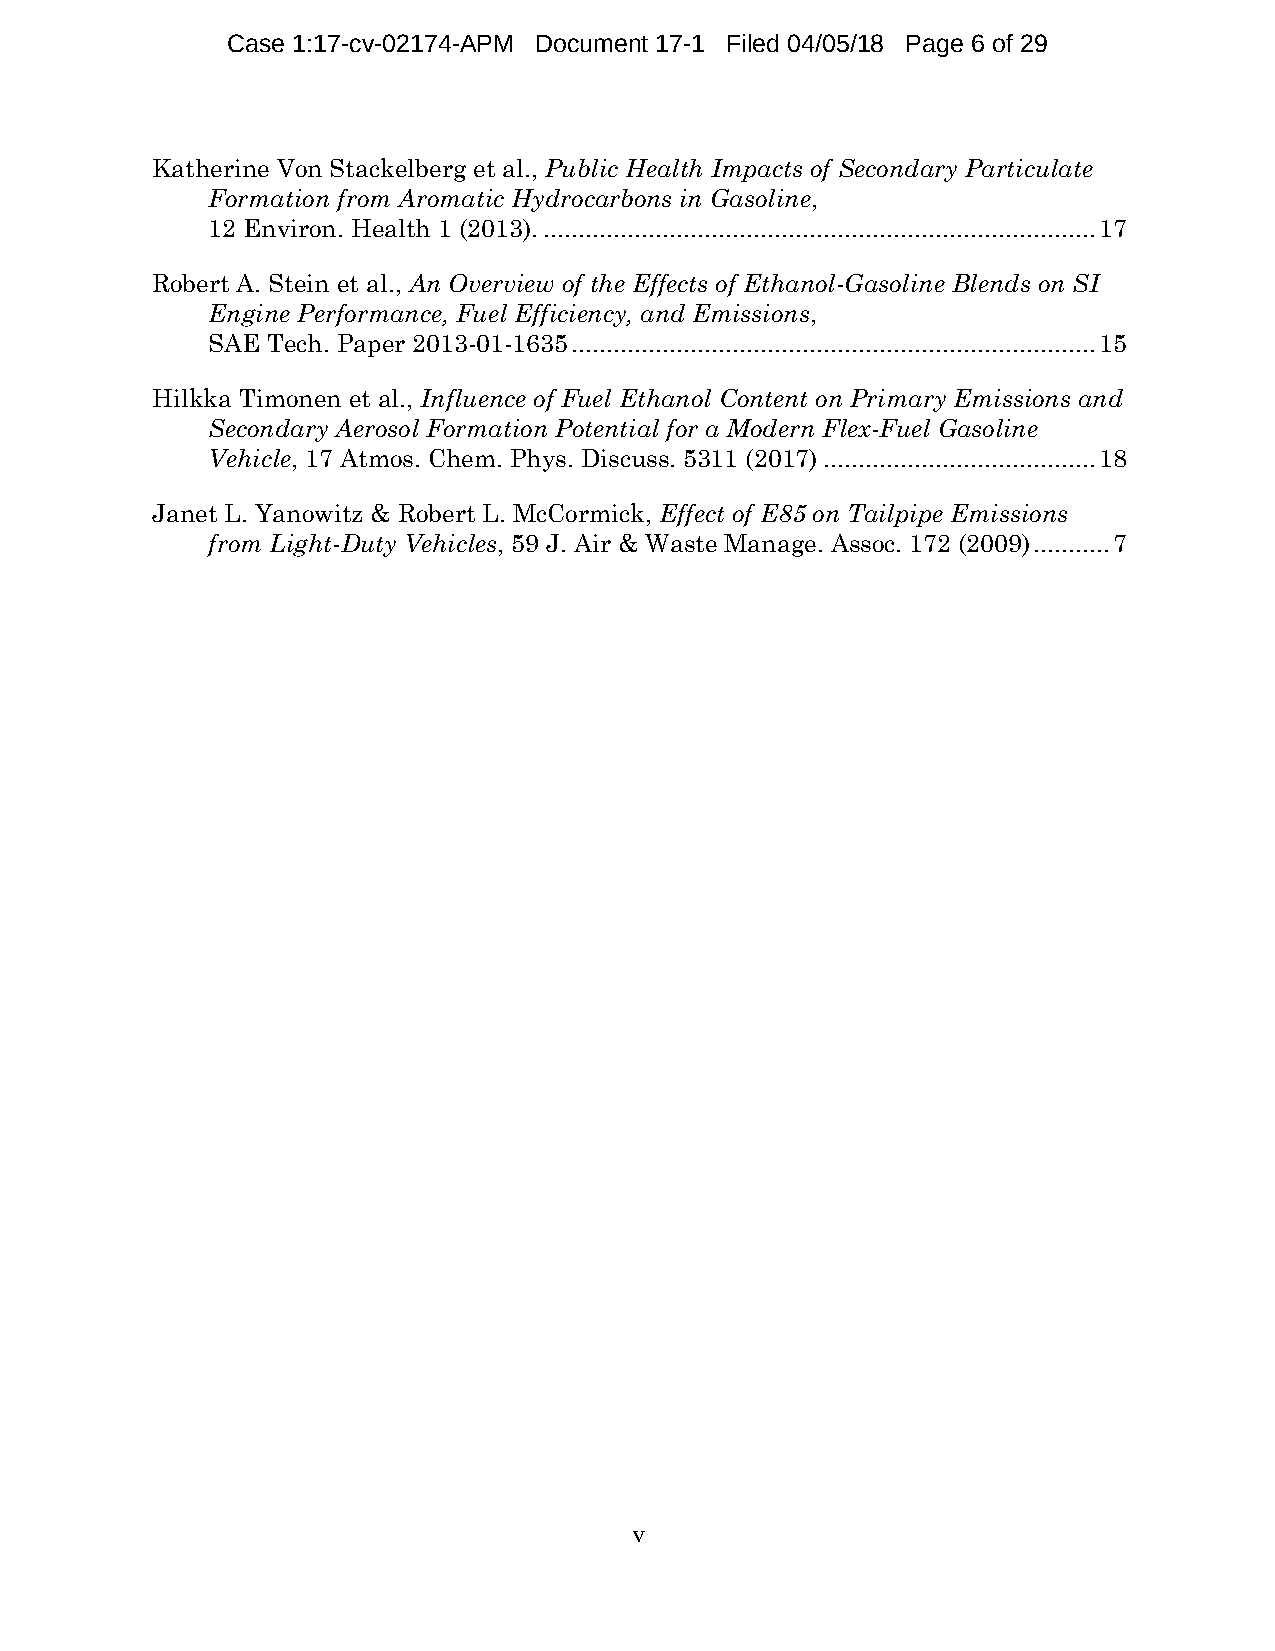
Case 1:17-cv-02174-APM Document 17-1 Filed 04/05/18 Page 6 of 29
 Katherine Von Stackelberg et al., Public Health Impacts of Secondary Particulate
 Formation from Aromatic Hydrocarbons in Gasoline,
 12 Environ. Health 1 (2013). ............................................................................... 17
 Robert A. Stein et al., An Overview of the Effects of Ethanol-Gasoline Blends on SI
 Engine Performance, Fuel Efficiency, and Emissions,
 SAE Tech. Paper 2013-01-1635 ........................................................................... 15
 Hilkka Timonen et al., Influence of Fuel Ethanol Content on Primary Emissions and
 Secondary Aerosol Formation Potential for a Modern Flex-Fuel Gasoline
 Vehicle, 17 Atmos. Chem. Phys. Discuss. 5311 (2017) ....................................... 18
 Janet L. Yanowitz & Robert L. McCormick, Effect of E85 on Tailpipe Emissions
 from Light-Duty Vehicles, 59 J. Air & Waste Manage. Assoc. 172 (2009) ........... 7
 v